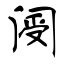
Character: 阌